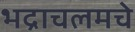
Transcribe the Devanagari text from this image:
भद्राचलमचे